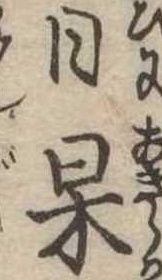
日杲